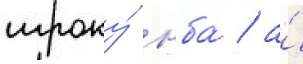
игроку́ нба́ / а́